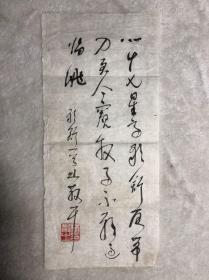
至今窥牧马，不敢过临洮。